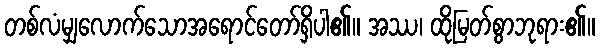
တစ်လံမျှလောက်သောအရောင်တော်ရှိပါ၏။ အဿ၊ ထိုမြတ်စွာဘုရား၏။